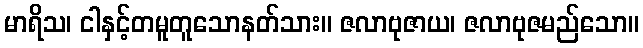
မာရိသ၊ ငါနှင့်တမူတူသောနတ်သား။ ဇလာဗုဇာယ၊ ဇလာဗုဇမည်သော။